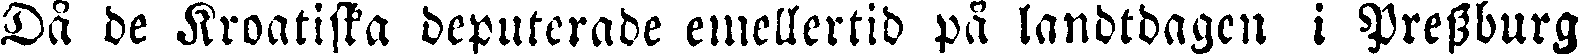
Då de Kroatiska deputerade emellertid på landtdagen i Pressburg